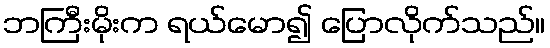
ဘကြီးမိုးက ရယ်မော၍ ပြောလိုက်သည်။